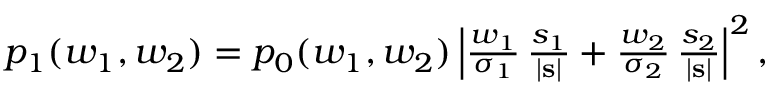
\begin{array} { r } { p _ { 1 } ( w _ { 1 } , w _ { 2 } ) = p _ { 0 } ( w _ { 1 } , w _ { 2 } ) \left| \frac { w _ { 1 } } { \sigma _ { 1 } } \, \frac { s _ { 1 } } { | \mathbf { s } | } + \frac { w _ { 2 } } { \sigma _ { 2 } } \, \frac { s _ { 2 } } { | \mathbf { s } | } \right| ^ { 2 } , } \end{array}